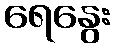
ရေနွေး